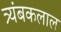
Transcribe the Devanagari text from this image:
त्र्यंबकलाल